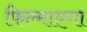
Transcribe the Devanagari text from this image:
फिल्माएगा